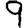
Digit: 9